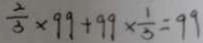
\frac { 2 } { 3 } \times 9 9 + 9 9 \times \frac { 1 } { 3 } = 9 9